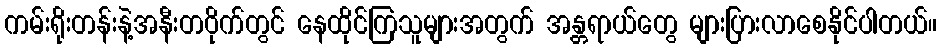
ကမ်းရိုးတန်းနဲ့အနီးတဝိုက်တွင် နေထိုင်ကြသူများအတွက် အန္တရာယ်တွေ များပြားလာစေနိုင်ပါတယ်။